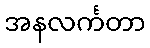
အနလင်္ကတာ